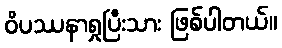
ဝိပဿနာရှုပြီးသား ဖြစ်ပါတယ်။